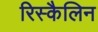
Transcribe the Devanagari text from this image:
रिस्कैलिन